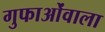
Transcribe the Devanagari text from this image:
गुफाओंवाला